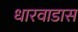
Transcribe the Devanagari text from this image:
धारवाडास